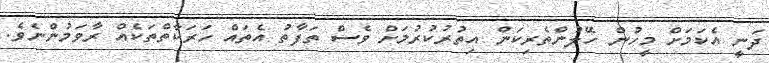
ދަނީ އެކަމަށް މީހުން ހޭލުންތެރިކަން އިތުރުކުރުމަށް ވެސް ތަފާތު އެތައް ހަރަކާތްތަކެއް ރާވަމުންނެވެ.